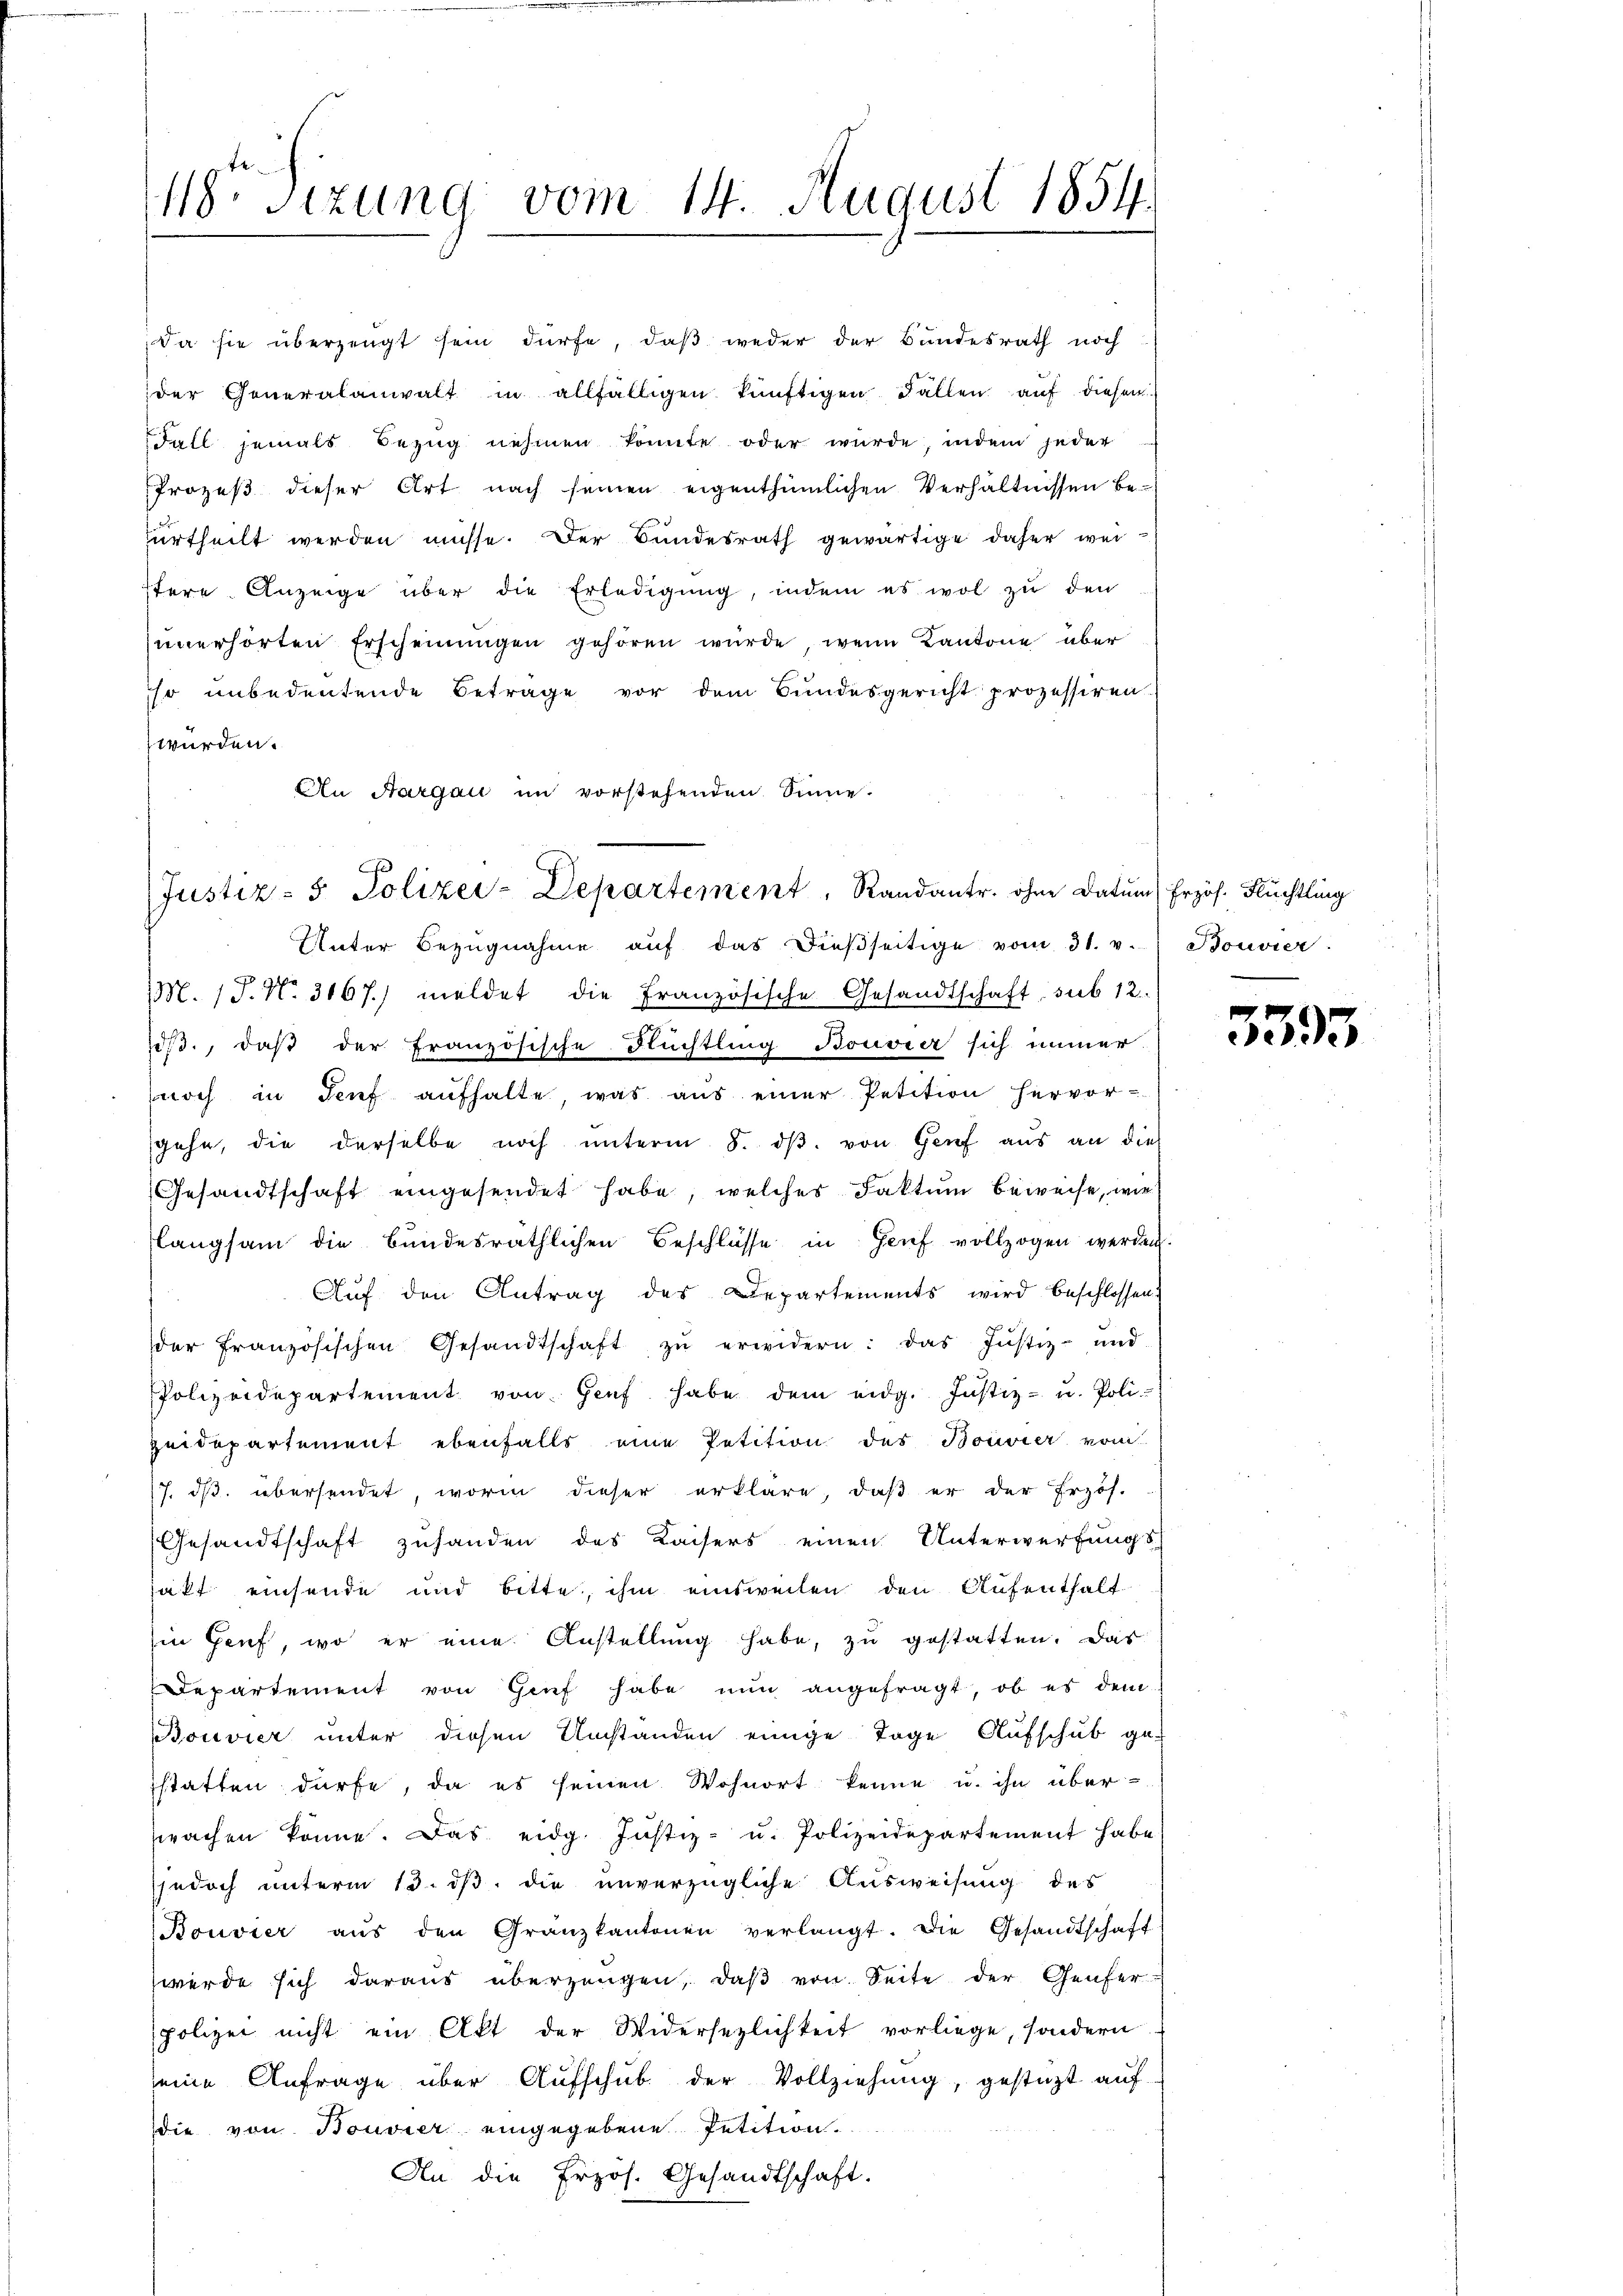
Da sie überzeugt sein dürfe, daβ weder der Bundesrath noch
der Generalanwalt in allfälligen künftigen Fallen aŭf diesem
Fall jemals Bezug nehmen könnte oder würde, indem jeder
Prozeß dieser Art nach seinen eigenthümlichen Verhältnissen beurtheilt werden müsse. Der Bundesrath gewärtige daher weistere Anzeige über die Erledigung, indem es wol zu den
unerhörten Erscheinungen gehören wurde, wenn Kantone über
so unbedeutende Betrage vor dem Bundesgericht prozessiren
würden.
An Aargau im vorstehenden Sinne.

48 sizung vom 14. August 1854.

Justiz- & Polizei-Departement, Randantr. ohne Datum) Erzös. Flüchtling

MM. 1. No. 3167.) meldet die Französische Gesandtschaft, sub 12.
oß, daß der französische Flüchtling Bouvier sich immer
noch in Genf aufhalte, was aus einer Petition hervor-
sgehe, die derselbe noch ŭnterm 8. dβ. von Genf aus an dies
Gesandtschaft eingesendet habe, welches Faktum beweise, wie
langsam die bundesräthlichen Beschlüsse in Genf vollzogen werden.
Auf den Antrag des Departements wird beschlossen:
der französischen Gesandtschaft zŭ erwidern: das Justiz- und
Polizeidepartement von Genf habe dem eidg. Justiz- u. Poli
zeidepartement ebenfalls eine Petition des Boivier vom
7. dβ übersendet, worin dieser erkläre, daß er der Erzös-
Gesandtschaft zuhanden des Kaisers einen Unterwerfungs-
sakt einsende und bitte, ihm einsweilen den Aufenthalt
Ein Genf, wo er eine Anstellung habe, zu gestatten. Das
Departement von Genf habe nun angefragt, ob es dem
Bouvier unter diesen Umstanden einige Tage Aufschub ge-
statten dürfe, da es seinen Wohnort kenne u. ihn überprachen könne. Das eidg. Justiz- u. Polizeidepartement habe
jedoch unterm 13. dβ die unverzügliche Ausweisung des
Bouvier aŭs den Granzkantonen verlangt. Die Gesandtschaft
werde sich daraus überzeugen, daβ von Seite der Genfer-
polizei nicht ein Akt der Widersezlichkeit vorliege, sondern
seine Anfrage über Aufschub der Vollziehung, gestüzt auf
die von Bouvier eingegebene Petition.
An die Frzös. Gesandtschaft.

Unter Bezŭgnahme aŭf das dieβseitige vom 31. v. Bouvier.

5395